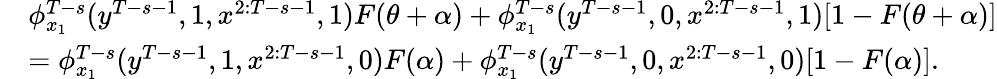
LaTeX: \begin{array}{rl}&{\phi_{x_{1}}^{T-s}(y^{T-s-1},1,x^{2:T-s-1},1)F(\theta+\alpha)+\phi_{x_{1}}^{T-s}(y^{T-s-1},0,x^{2:T-s-1},1)[1-F(\theta+\alpha)]}\\ &{=\phi_{x_{1}}^{T-s}(y^{T-s-1},1,x^{2:T-s-1},0)F(\alpha)+\phi_{x_{1}}^{T-s}(y^{T-s-1},0,x^{2:T-s-1},0)[1-F(\alpha)].}\end{array}